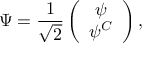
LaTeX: \Psi = \frac { 1 } { \sqrt { 2 } } \left( \begin{array} { c } { { \psi } } \\ { { \psi ^ { C } } } \end{array} \right) ,